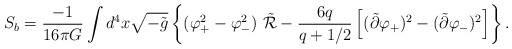
\begin{align*}S_b={-1\over 16\pi G} \int d^4 x \sqrt{-\tilde g}\left\{ (\varphi_+^2-\varphi_-^2)\ \tilde{\cal R} -{6q\over q+1/2} \left[(\tilde\partial\varphi_+)^2-(\tilde\partial\varphi_-)^2\right]\right\}.\end{align*}